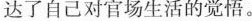
达了自己对官场生活的觉悟。